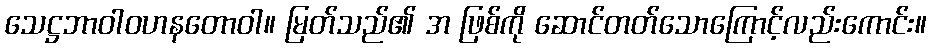
သေဋ္ဌဘာဝါဝဟနတောဝါ။ မြတ်သည်၏ အ ဖြစ်ကို ဆောင်တတ်သောကြောင့်လည်းကောင်း။